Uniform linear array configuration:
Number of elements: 24
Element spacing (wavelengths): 1
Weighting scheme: hann
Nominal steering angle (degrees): -60
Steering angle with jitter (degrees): -58.147
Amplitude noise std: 0.05
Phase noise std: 0.05

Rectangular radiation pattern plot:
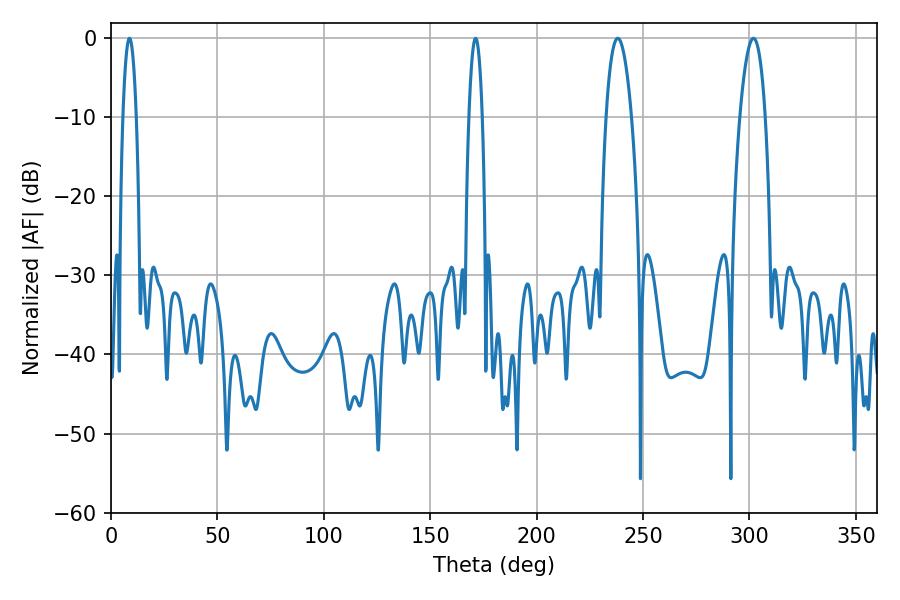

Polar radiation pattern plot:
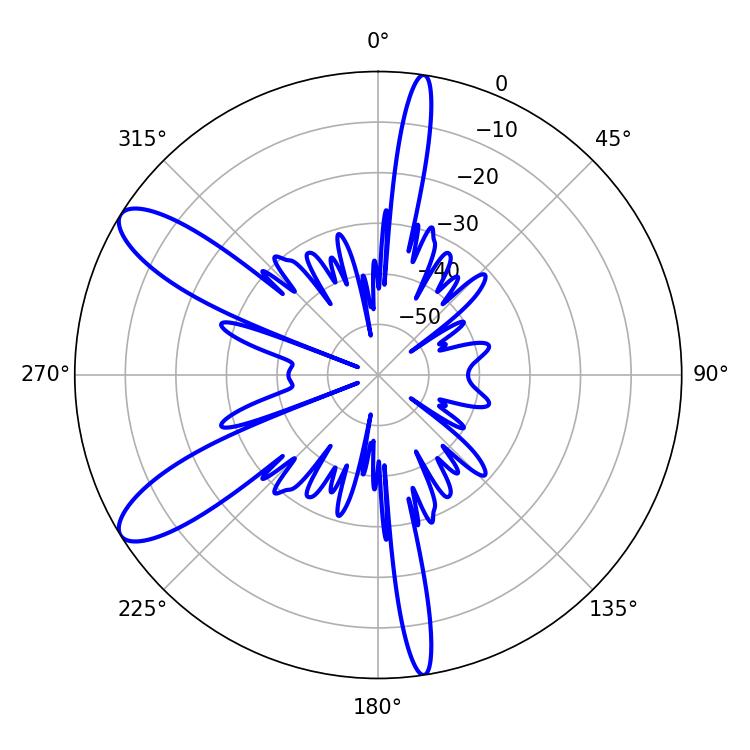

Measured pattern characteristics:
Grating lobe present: TRUE
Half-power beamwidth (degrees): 6.66
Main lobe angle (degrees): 301.86